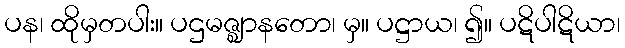
ပန၊ ထိုမှတပါး။ ပဌမဇ္ဈာနတော၊ မှ။ ပဋ္ဌာယ၊ ၍။ ပဋိပါဋိယာ၊